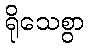
ရိုသေစွာ